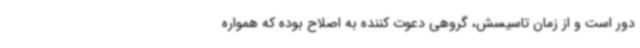
دور است و از زمان تاسیسش، گروهی دعوت کننده به اصلاح بوده که همواره